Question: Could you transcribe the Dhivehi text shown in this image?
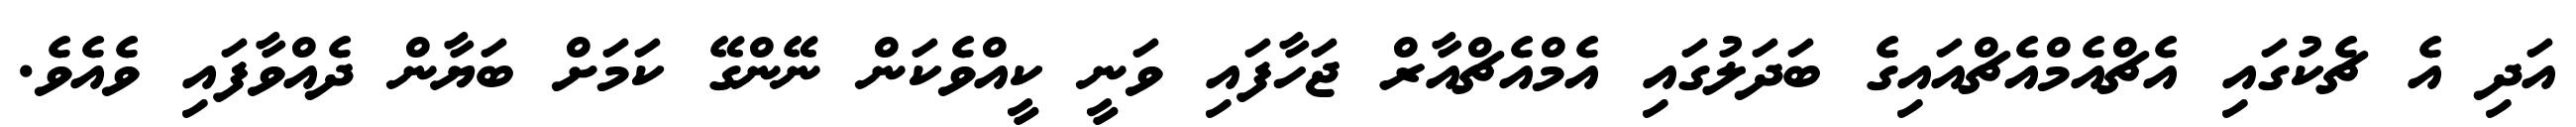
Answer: އަދި އެ ޗެކުގައި އެޗްއެމްއެޗްއައިގެ ބަދަލުގައި އެމްއެޗްއާރް ޖަހާފައި ވަނީ ކީއްވެކަން ނޭންގޭ ކަމަށް ބަޔާން ދެއްވާފައި ވެއެވެ.